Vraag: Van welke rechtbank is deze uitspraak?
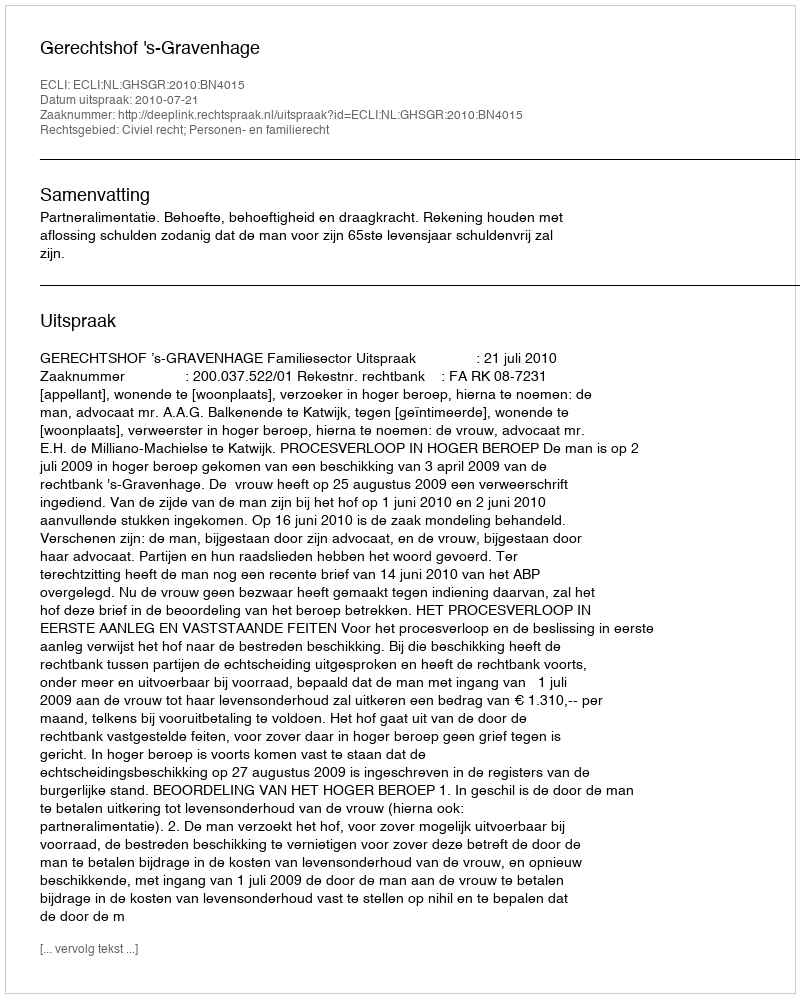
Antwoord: Gerechtshof 's-Gravenhage